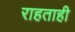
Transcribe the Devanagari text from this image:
राहताही